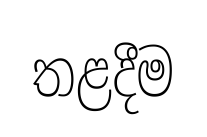
තළදීම